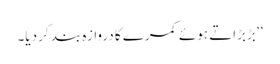
‘‘ بڑبڑاتے ہوئے کمرے کا دروازہ بند کر دیا۔